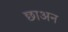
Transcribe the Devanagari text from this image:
छाअन